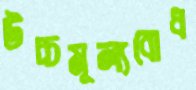
উচ্চমূল্যবোধ